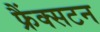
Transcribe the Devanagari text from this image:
फ्रैंक्सटन